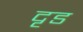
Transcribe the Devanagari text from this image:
दृड